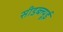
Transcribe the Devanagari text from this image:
सीडब्ल्यूई